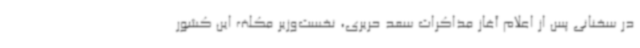
در سخنانی پس از اعلام آغاز مذاکرات سعد حریری، نخست‌وزیر مکلف این کشور